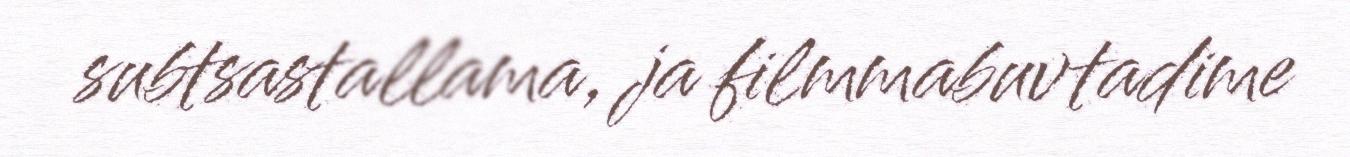
subtsastallama, ja filmmabuvtadime